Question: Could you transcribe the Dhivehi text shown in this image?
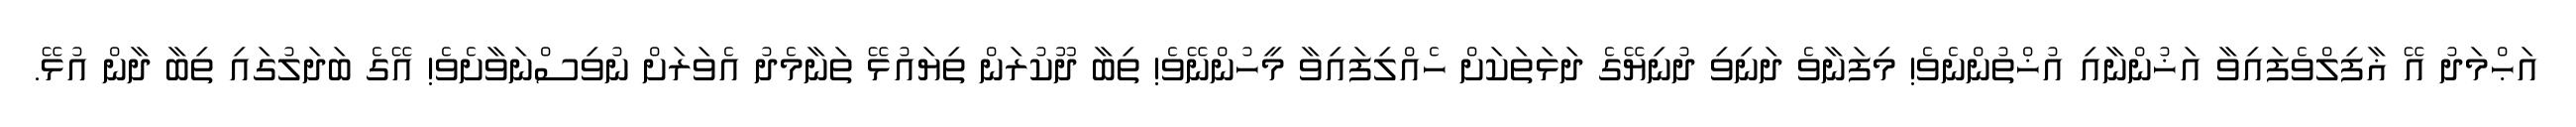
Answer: އަޙްމަދު އޭ ޣާފިލްވެފައިވާ އަޚުންނާއި އުޚްތުންނެވެ! މިފަނާވެ ދަނިވި ދުނިޔޭގެ ދަޅަތަކަށް ހެއްލިފައިވާ މީހުންނޭވެ! ތިބާ ދޫކުރަން ތިޔައުޅޭ ތަނާމެދު އެވަރަށް ނުވިސްނަވާށެވެ! އޭގެ ބަދަލުގައި ތިބާ ދާން އުޅޭ.